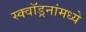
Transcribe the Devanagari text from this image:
स्क्वॉड्रनांमध्ये